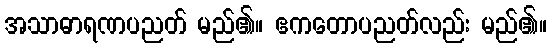
အသာဓာရဏပညတ် မည်၏။ ဧကတောပညတ်လည်း မည်၏။